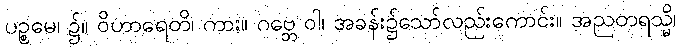
ပဉ္စမေ၊ ၌။ ဝိဟာရေတိ၊ ကား။ ဂဗ္ဘေ ဝါ၊ အခန်း၌သော်လည်းကောင်း။ အညတရသ္မိ၊